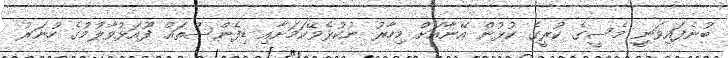
ބުނެފައިވަނީި މެސީގެ ކުރީގެ ކުޅުން އޭނާއަށް މިހާރު ނުކުޅެވޭކަމަށާއި ޑިފެންސްތައް ފޫއަޅުވާލުމުގެ ހުނަރު